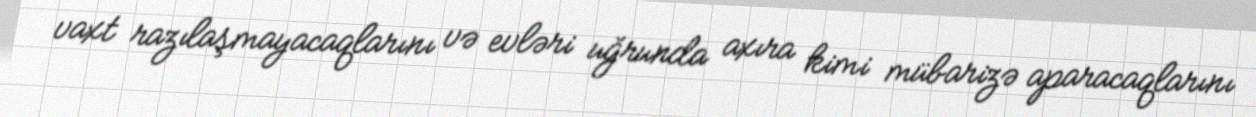
vaxt razılaşmayacaqlarını və evləri uğrunda axıra kimi mübarizə aparacaqlarını